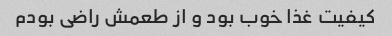
کیفیت غذا خوب بود و از طعمش راضی بودم